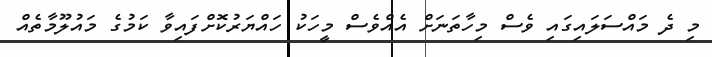
މި ދެ މައްސަލައިގައި ވެސް މިހާތަނަށް އެއްވެސް މީހަކު ހައްޔަރުކޮށްފައިވާ ކަމުގެ މައުލޫމާތެއް